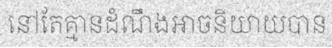
នៅតែគ្មានដំណឹងអាចនិយាយបាន